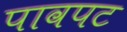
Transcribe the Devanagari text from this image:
पावपट